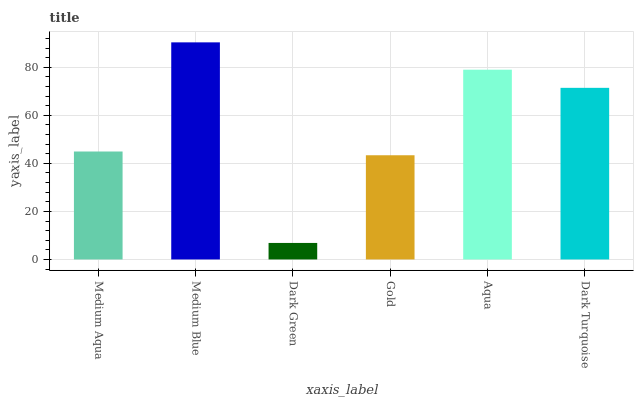
| xaxis_label | bars |
 | --- | --- |
 | Medium Aqua | 44.9 |
 | Medium Blue | 90.4 |
 | Dark Green | 6.87 |
 | Gold | 43.4 |
 | Aqua | 79 |
 | Dark Turquoise | 71.4 |